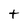
Character: t